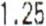
1.25